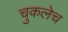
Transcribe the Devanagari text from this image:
चुकलेच